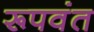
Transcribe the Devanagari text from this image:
रूपवंत